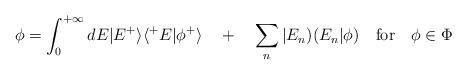
LaTeX: \begin{align*}\phi=\int^{+\infty}_{0}dE|E^+\rangle\langle^+E|\phi^+\rangle\quad+\quad\sum_n|E_n)(E_n|\phi)\quad{\rm for}\quad\phi\in\Phi\end{align*}